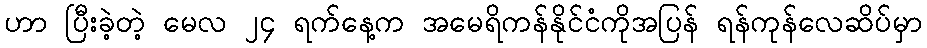
ဟာ ပြီးခဲ့တဲ့ မေလ ၂၄ ရက်နေ့က အမေရိကန်နိုင်ငံကိုအပြန် ရန်ကုန်လေဆိပ်မှာ